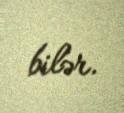
bilər.